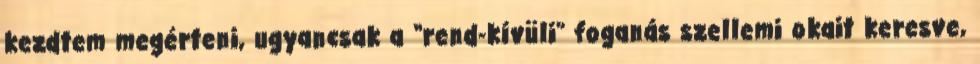
kezdtem megérteni, ugyancsak a “rend-kívüli” foganás szellemi okait keresve,